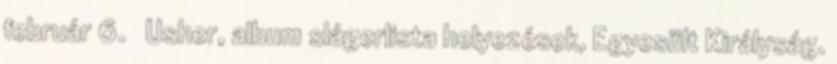
február 6. ↑ Usher, album slágerlista helyezések, Egyesült Királyság.